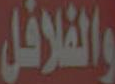
والفلافل